Scottish Leaving Certificate Examination, 1959
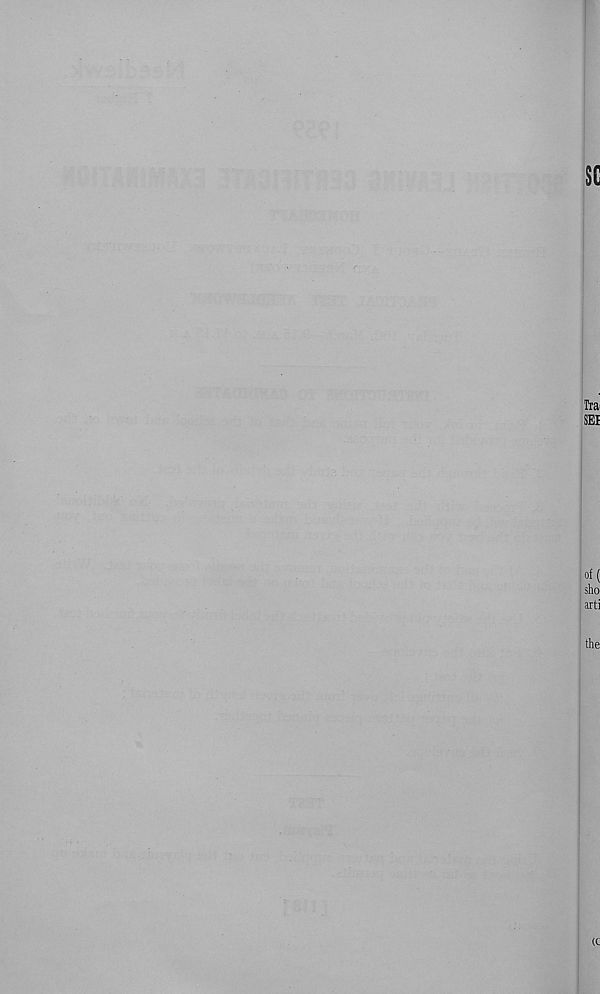
sc
to
SEI
of(
sho
arti
the
<c